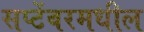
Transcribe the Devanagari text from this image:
सप्टेंबरमधील